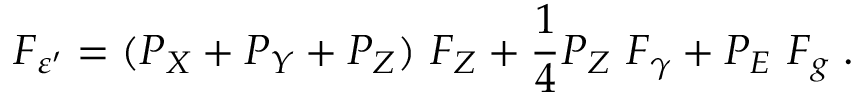
F _ { \varepsilon ^ { \prime } } = ( P _ { X } + P _ { Y } + P _ { Z } ) ~ F _ { Z } + { \frac { 1 } { 4 } } P _ { Z } ~ F _ { \gamma } + P _ { E } ~ F _ { g } \; .